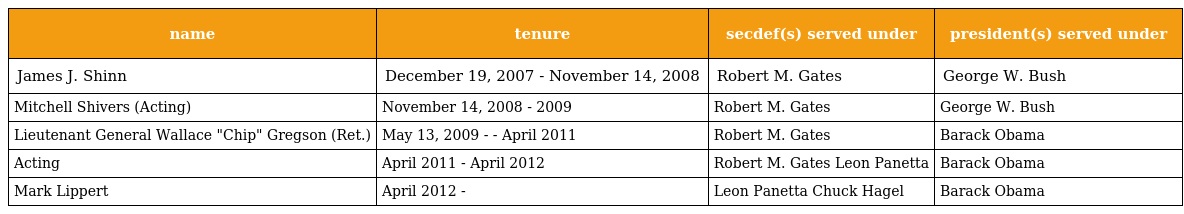
| name | tenure | secdef(s) served under | president(s) served under |
 | --- | --- | --- | --- |
 | James J. Shinn | December 19, 2007 - November 14, 2008 | Robert M. Gates | George W. Bush |
 | Mitchell Shivers (Acting) | November 14, 2008 - 2009 | Robert M. Gates | George W. Bush |
 | Lieutenant General Wallace "Chip" Gregson (Ret.) | May 13, 2009 - - April 2011 | Robert M. Gates | Barack Obama |
 | Acting | April 2011 - April 2012 | Robert M. Gates Leon Panetta | Barack Obama |
 | Mark Lippert | April 2012 - | Leon Panetta Chuck Hagel | Barack Obama |